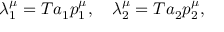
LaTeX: \lambda _ { 1 } ^ { \mu } = T a _ { 1 } p _ { 1 } ^ { \mu } , \quad \lambda _ { 2 } ^ { \mu } = T a _ { 2 } p _ { 2 } ^ { \mu } , \nonumber